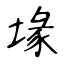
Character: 堟